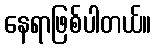
နေရာဖြစ်ပါတယ်။